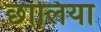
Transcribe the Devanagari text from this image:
छालिया